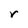
Character: r